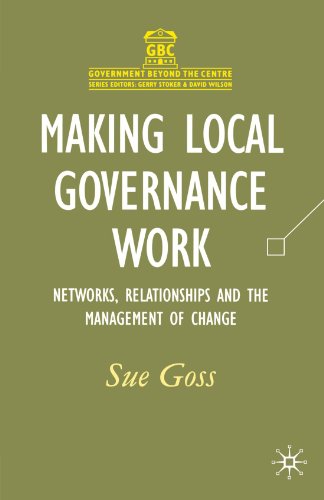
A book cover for Making Local Governance Work: Networks, Relationships and the Management of Change (Government Beyond the Centre); Sue Goss; Politics & Social Sciences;